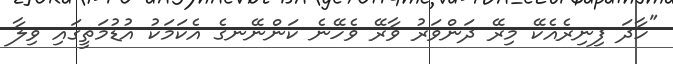
"ހާދަ ފިނިރެއެކޭ މިރޭ ދަންވަރު ވާރޭ ވެހޭނެ ކަންނޭނގެ އެކަމަކު އުޑުމަތީގައި ވިލާ